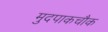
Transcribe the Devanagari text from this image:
मुदपाकचौक